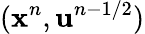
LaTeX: (\mathbf{x}^{n},\mathbf{u}^{n-1/2})